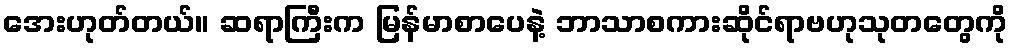
အေးဟုတ်တယ်။ ဆရာကြီးက မြန်မာစာပေနဲ့ ဘာသာစကားဆိုင်ရာဗဟုသုတတွေကို